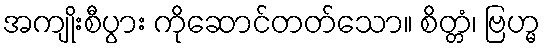
အကျိုးစီပွား ကိုဆောင်တတ်သော။ စိတ္တံ၊ ဗြဟ္မ